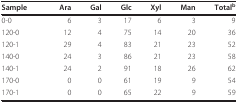
<table><thead><tr><td><b>Sample</b></td><td><b>Ara</b></td><td><b>Gal</b></td><td><b>Glc</b></td><td><b>Xyl</b></td><td><b>Man</b></td><td><b>Total<sup>b</sup></b></td></tr></thead><tbody><tr><td>0-0</td><td>6</td><td>3</td><td>17</td><td>6</td><td>3</td><td>9</td></tr><tr><td>120-0</td><td>12</td><td>4</td><td>75</td><td>14</td><td>20</td><td>36</td></tr><tr><td>120-1</td><td>29</td><td>4</td><td>83</td><td>21</td><td>23</td><td>52</td></tr><tr><td>140-0</td><td>24</td><td>3</td><td>86</td><td>21</td><td>23</td><td>58</td></tr><tr><td>140-1</td><td>24</td><td>2</td><td>91</td><td>18</td><td>26</td><td>62</td></tr><tr><td>170-0</td><td>0</td><td>0</td><td>61</td><td>19</td><td>9</td><td>54</td></tr><tr><td>170-1</td><td>0</td><td>0</td><td>65</td><td>22</td><td>9</td><td>59</td></tr></tbody></table>